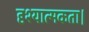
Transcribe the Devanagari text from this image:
दृश्यात्मकता।